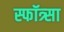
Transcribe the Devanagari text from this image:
स्फॉत्र्सा